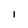
Character: l